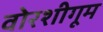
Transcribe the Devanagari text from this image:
वोरशीगूम